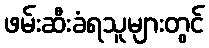
ဖမ်းဆီးခံရသူများတွင်